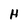
Character: H